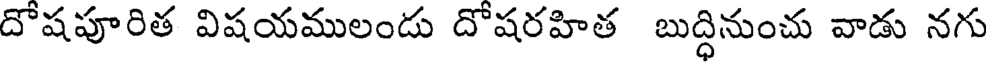
దొషపూరిత విషయములందు దొషరహిత బుద్ధినుంచు వాడు నగు